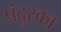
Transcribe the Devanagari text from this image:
पंदुरका